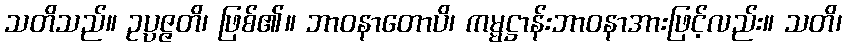
သတိသည်။ ဥပ္ပဇ္ဇတိ၊ ဖြစ်၏။ ဘာဝနာတောပိ၊ ကမ္မဋ္ဌာန်းဘာဝနာအားဖြင့်လည်း။ သတိ၊